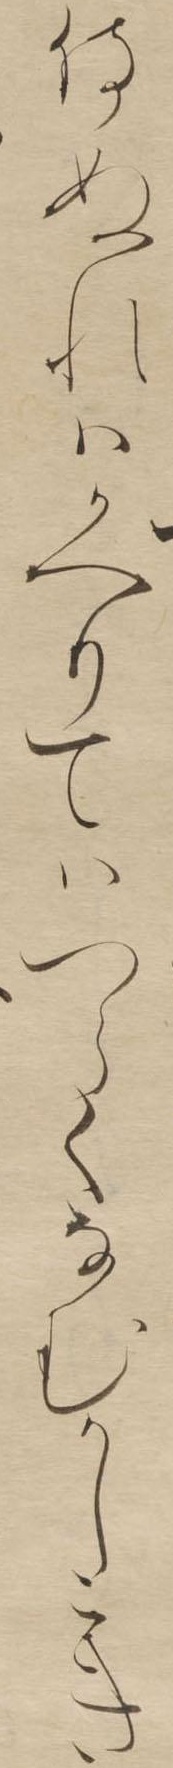
侍ぬれはかへりてはつらくなむかしこき